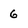
Character: 6